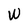
Character: W